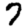
Digit: 7